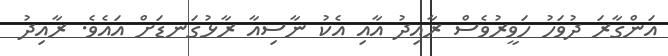
އަންގާރަ ދުވަހު ހަވީރުވެސް ރާއިދު އާއި އެކު ނާސިއާ ރާޅުގަނޑަށް އައެވެ. ރާއިދު